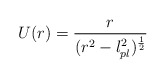
\begin{align*}U(r)={r \over (r^2-l^2_{pl})^{1 \over 2}}\end{align*}